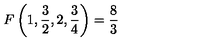
F \left( 1 , { \frac { 3 } { 2 } } , 2 , { \frac { 3 } { 4 } } \right) = { \frac { 8 } { 3 } }